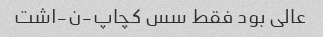
عالی بود فقط سس کچاپ-ن-اشت